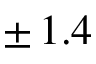
\pm \, 1 . 4